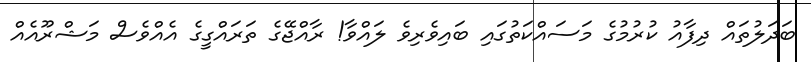
ބަދަލުތައް ދިފާއު ކުރުމުގެ މަސައްކަތުގައި ބައިވެރިވެ ލައްވާ! ރާއްޖޭގެ ތަރައްގީގެ އެއްވެސް މަޝްރޫއެއް